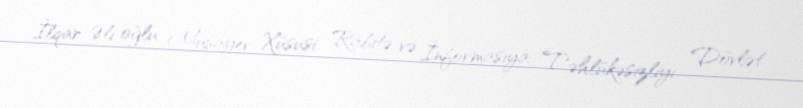
İlqar Əli oğlu Musayev Xüsusi Rabitə və İnformasiya Təhlükəsizliyi Dövlət